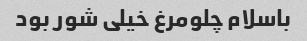
باسلام چلومرغ خیلی شور بود